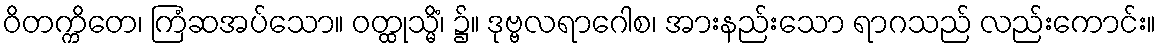
ဝိတက္ကိတေ၊ ကြံဆအပ်သော။ ဝတ္ထုသ္မိံ၊ ၌။ ဒုဗ္ဗလရာဂေါစ၊ အားနည်းသော ရာဂသည် လည်းကောင်း။